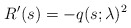
\begin{align*}R^\prime(s)=-q(s;\lambda)^2\end{align*}